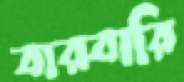
বারবারি